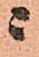
ニ